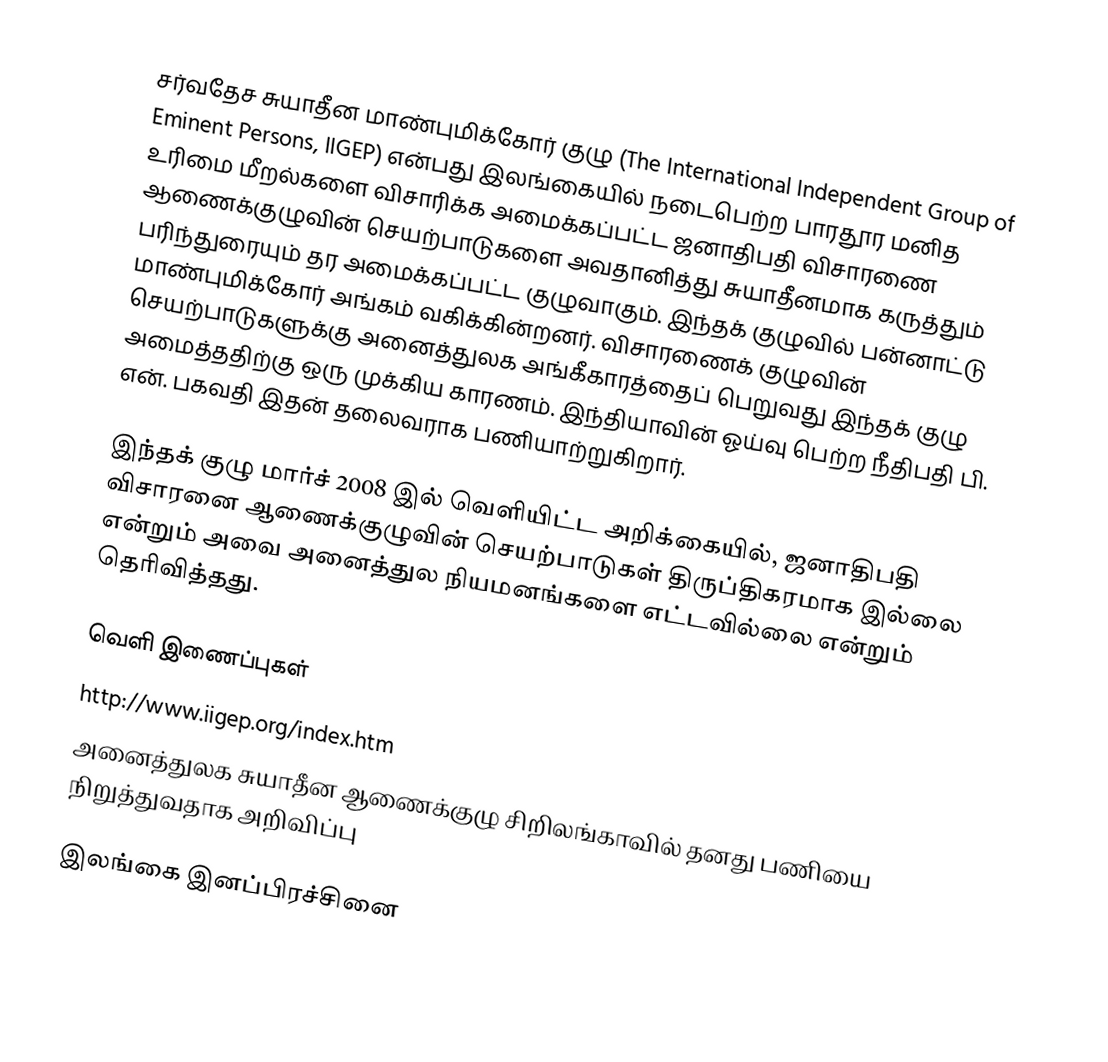
சர்வதேச சுயாதீன மாண்புமிக்கோர் குழு (The International Independent Group of Eminent Persons, IIGEP) என்பது இலங்கையில் நடைபெற்ற பாரதூர மனித உரிமை மீறல்களை விசாரிக்க அமைக்கப்பட்ட ஜனாதிபதி விசாரணை ஆணைக்குழுவின் செயற்பாடுகளை அவதானித்து சுயாதீனமாக கருத்தும் பரிந்துரையும் தர அமைக்கப்பட்ட குழுவாகும். இந்தக் குழுவில் பன்னாட்டு மாண்புமிக்கோர் அங்கம் வகிக்கின்றனர். விசாரணைக் குழுவின் செயற்பாடுகளுக்கு அனைத்துலக அங்கீகாரத்தைப் பெறுவது இந்தக் குழு அமைத்ததிற்கு ஒரு முக்கிய காரணம். இந்தியாவின் ஓய்வு பெற்ற நீதிபதி பி. என். பகவதி இதன் தலைவராக பணியாற்றுகிறார்.

இந்தக் குழு மார்ச் 2008 இல் வெளியிட்ட அறிக்கையில், ஜனாதிபதி விசாரனை ஆணைக்குழுவின் செயற்பாடுகள் திருப்திகரமாக இல்லை என்றும் அவை அனைத்துல நியமனங்களை எட்டவில்லை என்றும் தெரிவித்தது.

வெளி இணைப்புகள்
 http://www.iigep.org/index.htm
 அனைத்துலக சுயாதீன ஆணைக்குழு சிறிலங்காவில் தனது பணியை நிறுத்துவதாக அறிவிப்பு

இலங்கை இனப்பிரச்சினை